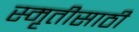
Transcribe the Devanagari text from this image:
स्मृतीसाठी